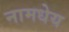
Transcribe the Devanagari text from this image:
नामधेय